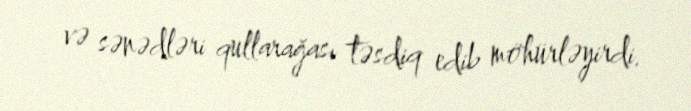
və sənədləri qullarağası təsdiq edib möhürləyirdi.